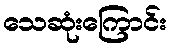
သေဆုံးကြောင်း